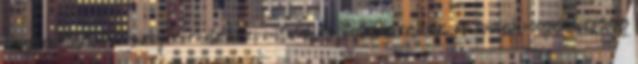
Megyei Markusovszky Kórház központi állásfoglalásra vár, és annak megismeréséig